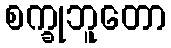
စက္ခုဘူတော